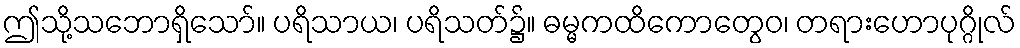
ဤသို့သဘောရှိသော်။ ပရိသာယ၊ ပရိသတ်၌။ ဓမ္မကထိကောတွေဝ၊ တရားဟောပုဂ္ဂိုလ်